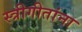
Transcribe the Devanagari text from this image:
स्त्रीगीतांना